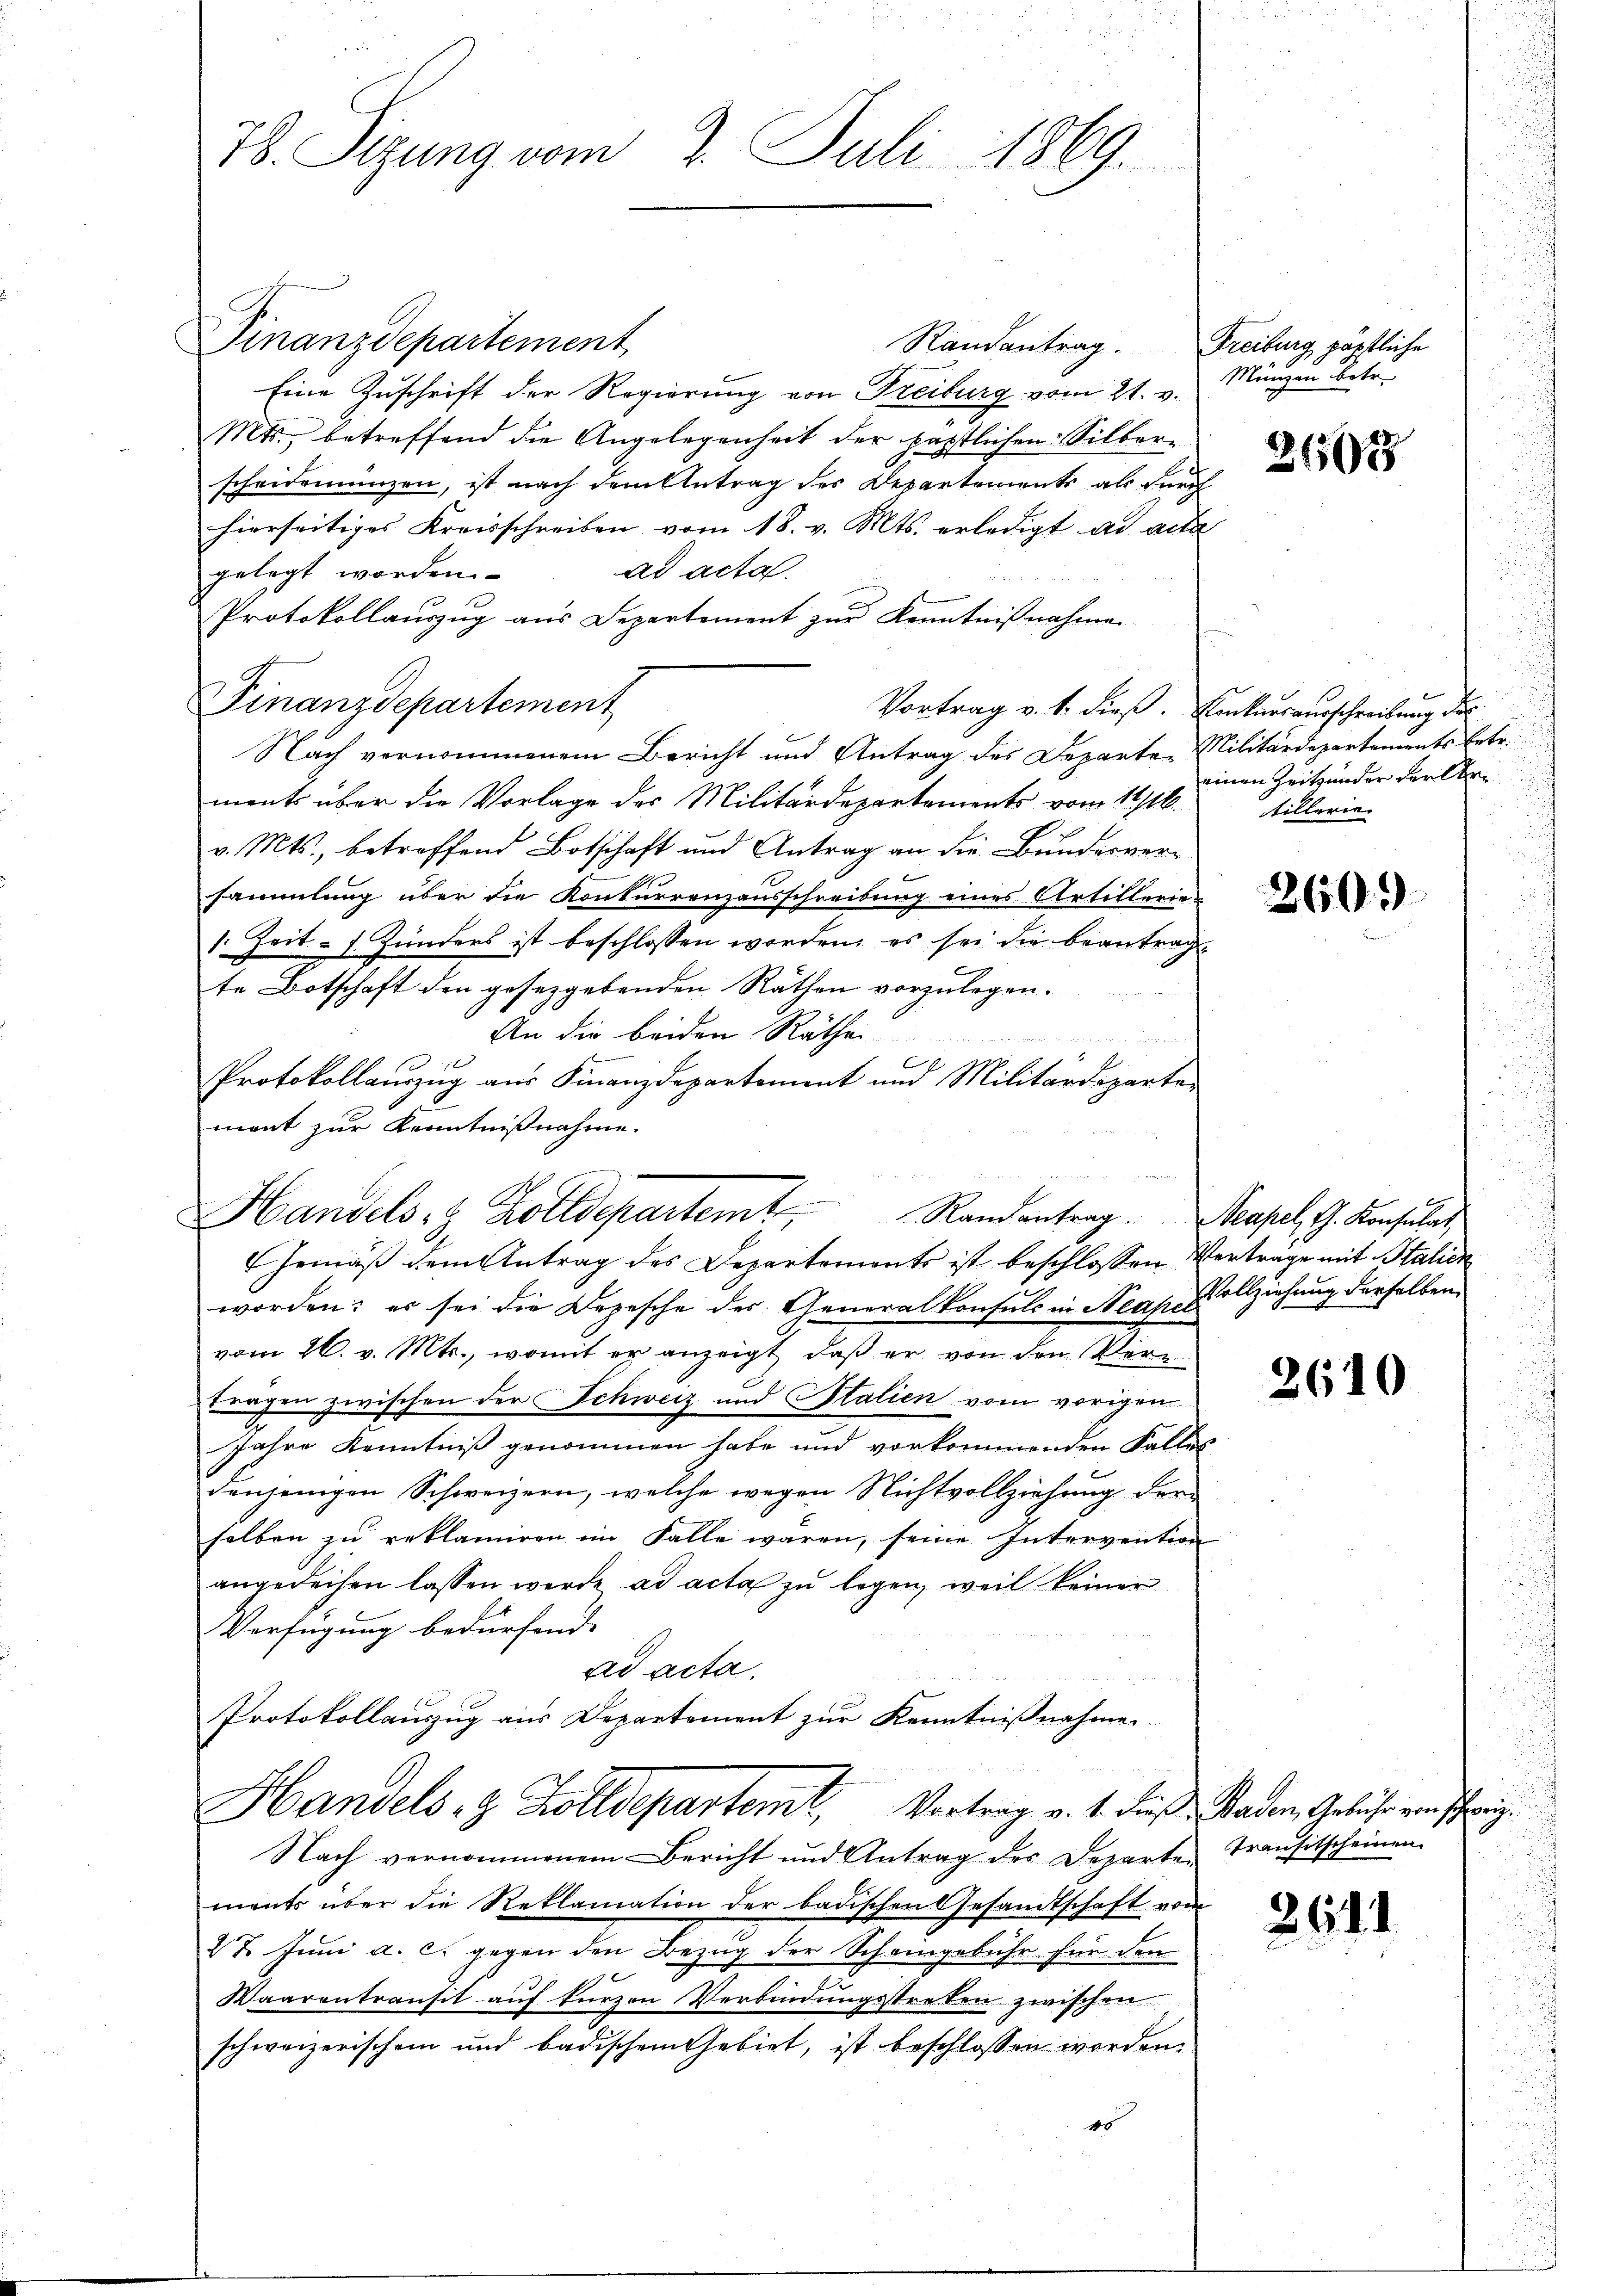
78. Sizung vom 2. Juli 1869.

Finanzdepartement
Randantrag. Freiburg päpstliche
Eine Zuschrift der Regierung von Freiburg vom 21. v.
Mts., betreffend die Angelegenheit der päpstlichen Silberscheidemünzen, ist nach dem Antrag des Departements als Furch
hierseitiges Kreisschreiben vom 18. v. Mts. erledigt ad acta
ad acta.
gelegt worden.
Protokollauszug aus Departement zur Kenntnißnahme
Finanzdepartement
Nach vernommenem Bericht und Antrag des Departe Militärdepartements Erbr.
ments über die Vorlage des Militärdepartements vom 14/16.
v. Mts., betreffend Botschaft und Antrag an die Bunderversammlung über die Konkurrenzausschreibung eines Artillerie-
1. Zeit - . Hunders ist beschlossen worden, es sei die beantragte Botschaft den gesezgebenden Räthen vorzulegen.
An die beiden Räthe
u

Protokollauszug aus Finanzdepartement und Militärdeparte
mant zur Kenntnißnahme.
Handels, Kolldepartemt, Randantrag. Neapel, G. Konsulat,
Gemäß dem Antrag des Departemonts ist beschlossen Vertrage mit Stalien
worden; es sei die Depesche des Generalkonsuls in Neapelvollziehung derselben
vom 26. v. Mts., womit er anzeigt, daß er von den Ver¬
Fragen zwischen der Schweiz und Stalien vom vorigen
Jahre Kenntniß genommen habe und vorkommenden Falles
denjenigen Schweizern, welche wegen Nichtvollziehung der
selben zu reklamiren im Falle waren, seine Intervention
angedeihen lassen werde ad acta zu legen, weil keiner
Verfügung bedürfend
ad acta.
Protokollauszug aus Departement zur Kenntnißnahmen
Handels- & Zolldepartemt, Vortrag v. 1. dieß Baden, Gebühr von schweiz.
Nach vernommenem Bericht und Antrag des Departen Transitscheinen
ments über die Reklamation der badischen Gesandtschaft vom
27. Jŭni a. c. gegen den Bezŭg der Scheingebühr für den
Waarentransit auf kurzen Verbindungsstreten zwischen
schweizerischem und badischem Gebiet, ist beschlossen worden.
45

Münzen betr.

2662

Vortrag v. 1. dieß. Konkursausschreibung des
einen Zeit ander der Er
tillerie

2600

2610

264